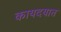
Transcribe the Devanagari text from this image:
कायदयात